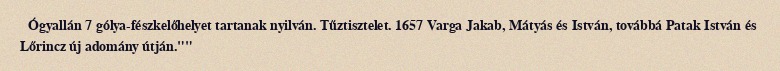
Ógyallán 7 gólya-fészkelőhelyet tartanak nyilván. Tűztisztelet. 1657 Varga Jakab, Mátyás és István, továbbá Patak István és Lőrincz új adomány útján.""